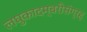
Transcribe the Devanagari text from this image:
लघुकादम्बरीसंग्रह